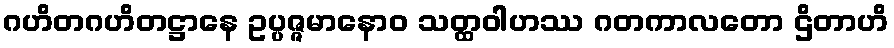
ဂဟိတဂဟိတဋ္ဌာနေ ဥပ္ပဇ္ဇမာနောဝ သတ္ထဝါဟဿ ဂတကာလတော ဌိတာဟိ